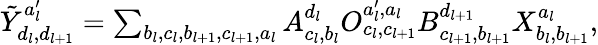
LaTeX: \begin{array}{r}{\tilde{Y}_{d_{l},d_{l+1}}^{a_{l}^{\prime}}=\sum_{b_{l},c_{l},b_{l+1},c_{l+1},a_{l}}A_{c_{l},b_{l}}^{d_{l}}O_{c_{l},c_{l+1}}^{a_{l}^{\prime},a_{l}}B_{c_{l+1},b_{l+1}}^{d_{l+1}}X_{b_{l},b_{l+1}}^{a_{l}},}\end{array}